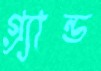
গ্র্যান্ড